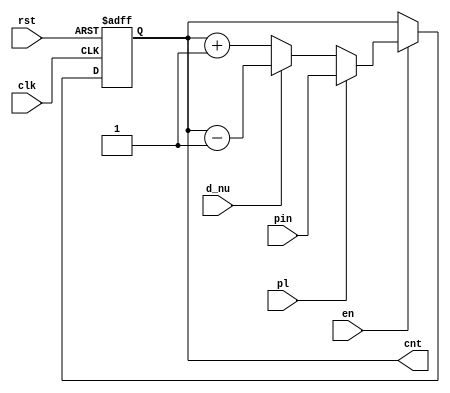
module UDL_CNT #(
    parameter N_BIT=4
) (
    input clk, rst, en, d_nu, pl,
    input [N_BIT-1:0] pin,
    output reg [N_BIT-1:0] cnt
);

    always @(posedge clk or posedge rst) begin
        
        if (rst) cnt <= 0;

        else begin
            if (en) begin
               if (pl) cnt <= pin;
               else if (d_nu) cnt <= cnt-1;
               else cnt <= cnt+1;
            end
        end
    end
    
endmodule